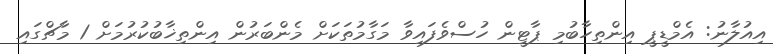
އިއުލާނު: އެމްޑީޕީ އިންތިހާބުމި ޕާޓީން ހުސްވެފައިވާ މަގާމުތަކަށް މެންބަރުން އިންތިޚާބުކުރުމަށް 1 މާޗްގައި